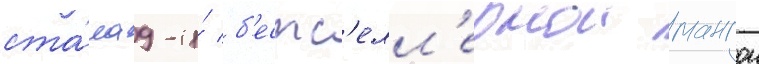
ста́ла 9-и́ б'естс'елл'ернои мангои